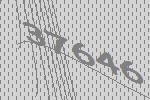
37646